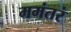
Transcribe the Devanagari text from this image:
ममंतरं